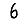
Digit: 6